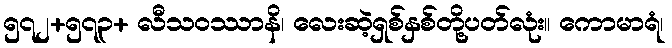
၅၇၂+၅၇၃+ လီသဝဿာနိ၊ လေးဆဲ့ရှစ်နှစ်တို့ပတ်လုံး။ ကောမာရံ၊